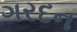
ગરદન